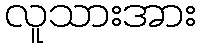
လူသားအား